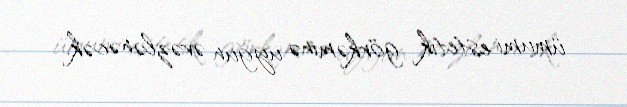
ümumi estetik görkəminə uyğun əvəzlənəcək.